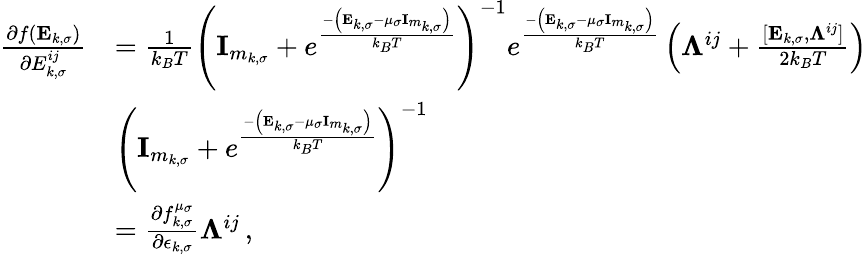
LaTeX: \begin{array}{rl}{\frac{\partial f(\mathbf{E}_{k,\sigma})}{\partial{E}_{k,\sigma}^{ij}}}&{=\frac{1}{k_{B}T}\left(\textbf{I}_{m_{k,\sigma}}+e^{\frac{-\left(\mathbf{E}_{k,\sigma}-\mu_{\sigma}\textbf{I}_{m_{k,\sigma}}\right)}{k_{B}T}}\right)^{-1}e^{\frac{-\left(\mathbf{E}_{k,\sigma}-\mu_{\sigma}\textbf{I}_{m_{k,\sigma}}\right)}{k_{B}T}}\left(\boldsymbol{\Lambda}^{ij}+\frac{[\mathbf{E}_{k,\sigma},\boldsymbol{\Lambda}^{ij}]}{2k_{B}T}\right)}\\ &{\left(\textbf{I}_{m_{k,\sigma}}+e^{\frac{-\left(\mathbf{E}_{k,\sigma}-\mu_{\sigma}\textbf{I}_{m_{k,\sigma}}\right)}{k_{B}T}}\right)^{-1}}\\ &{=\frac{\partial f_{k,\sigma}^{\mu_{\sigma}}}{\partial\epsilon_{k,\sigma}}\boldsymbol{\Lambda}^{ij}\, ,}\end{array}